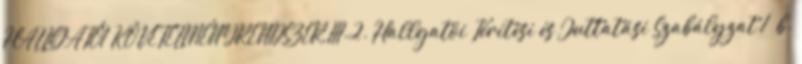
HALLGATÓI KÖVETELMÉNYRENDSZER III.2. Hallgatói Térítési és Juttatási Szabályzat 1 b.